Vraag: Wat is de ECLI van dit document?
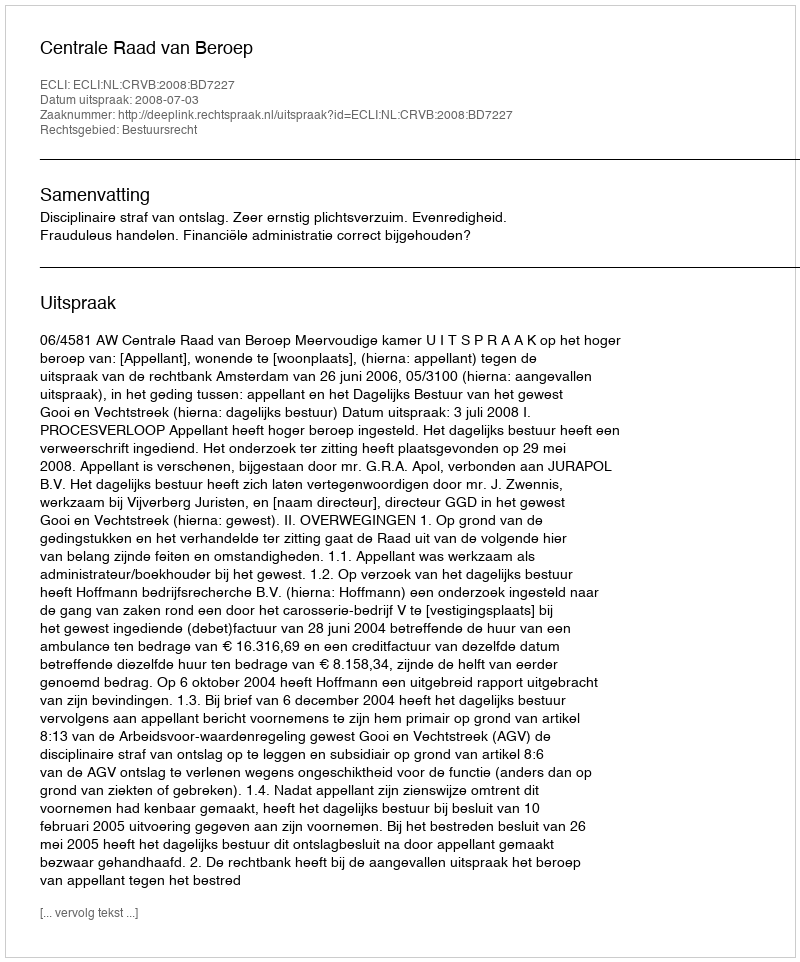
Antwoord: ECLI:NL:CRVB:2008:BD7227